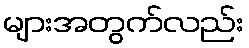
များအတွက်လည်း